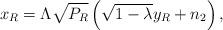
LaTeX: \begin{align*}x_{R} = \Lambda \sqrt{P_R} \left( \sqrt{1-\lambda}y_{R}+n_2\right),\end{align*}